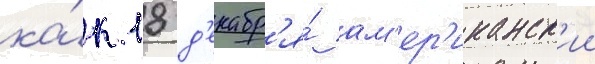
ка́к 18 д'екабр'я́ ам'ер'иканск'ии